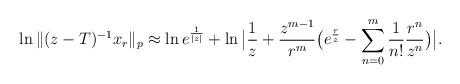
LaTeX: \begin{align*}\ln\|(z-T)^{-1}x_r\|_p&\approx\ln e^{\frac{1}{|z|}}+\ln \big|\frac{1}{z}+\frac{z^{m-1}}{r^{m}}\big(e^{\frac{r}{z}}-\sum\limits_{n=0}^{m}\frac{1}{n!}\frac{r^n}{z^n}\big)\big|.\end{align*}